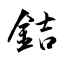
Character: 銡